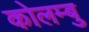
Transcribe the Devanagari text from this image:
कोलम्बु